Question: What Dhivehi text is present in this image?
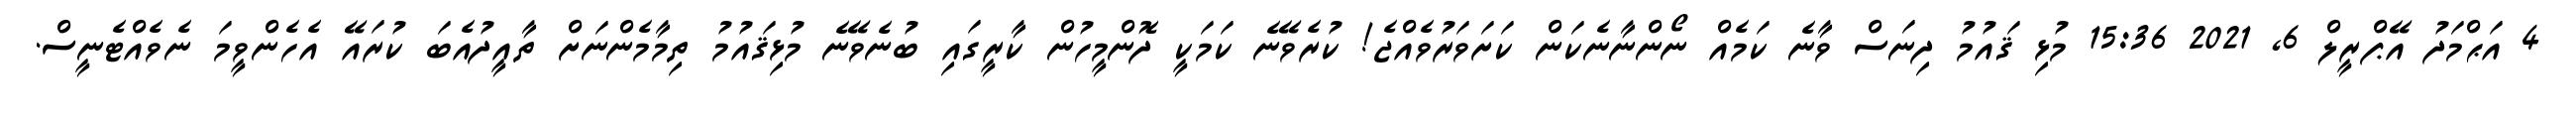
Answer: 4 އަޙްމަދު އޭޕްރީލް 6, 2021 15:36 މުޅި ޤައުމު ދިނަސް ވާނެ ކަމެއް ނޯންނާނެކަން ކަށަވަރުވެއްޖެ! ކުރެވޭނެ ކަމަކީ ދޮންމީހުން ކާރީގައި ބުނެވޭނެ މުޅިޤައުމު ތިމާމެންނަށް ތާއީދުއެބަ ކުރައޭ އެހެންވީމަ ނެވެއްޓެނީސް.